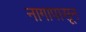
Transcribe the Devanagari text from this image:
नागापासून